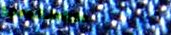
SpeedLimit60